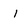
Character: i